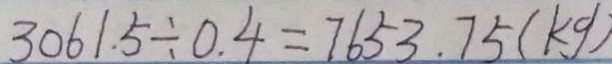
3 0 6 1 . 5 \div 0 . 4 = 7 6 5 3 . 7 5 ( k g )